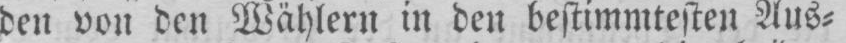
den von den Wählern in den bestimmtesten Aus⸗